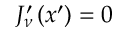
\begin{array} { r } { J _ { \nu } ^ { \prime } \left( x ^ { \prime } \right) = 0 } \end{array}